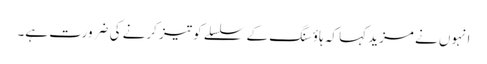
انہوں نے مزید کہا کہ ہاؤسنگ کے سلسلے کو تیز کرنے کی ضرورت ہے۔